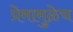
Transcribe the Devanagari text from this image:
प्रेमामुळेच